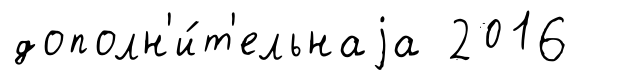
дополн'и́т'ельнаjа 2016